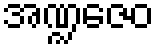
အဏ္ဍဇေဝ